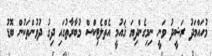
މުހައްމަދު ރަޝީދު ވަނީ ނިމިގެންދިޔަ ޤައުމީ އެތްލެޓިކްސް މުބާރާތުގައި ދިގު ދުވުންތަކުން ބޮޑު